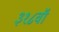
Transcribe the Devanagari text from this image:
३१८वॉ